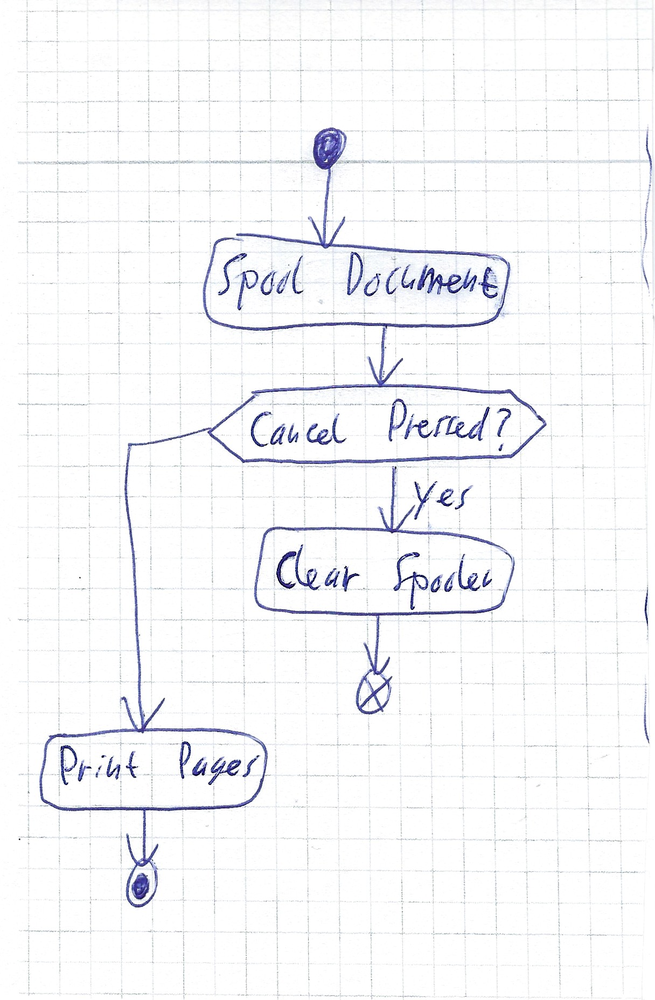
Diagram type: activity_diagram
```plantuml
@startuml

start
:Spool Document;
if (Cancel Pressed?) then (yes)
  :Clear Spooler;
  end
endif
:Print Pages;
stop

@enduml
```